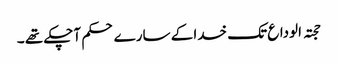
حجتہ الوداع تک خدا کے سارے حکم آچکے تھے ۔